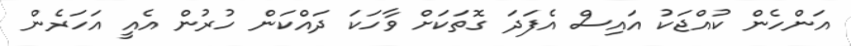
އަންހެން ކުއްޖަކު އައިސް އެފަދަ ގޮތަކަށް ވާހަކަ ދައްކަން ހުރުން އެއީ އަހަރެން